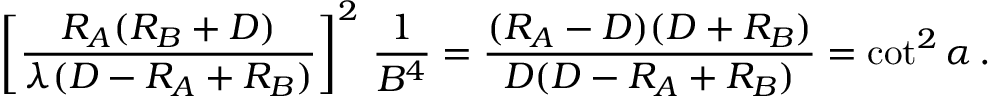
\left[ { \frac { R _ { A } ( R _ { B } + D ) } { \lambda ( D - R _ { A } + R _ { B } ) } } \right] ^ { 2 } \, { \frac { 1 } { B ^ { 4 } } } = { \frac { ( R _ { A } - D ) ( D + R _ { B } ) } { D ( D - R _ { A } + R _ { B } ) } } = \cot ^ { 2 } \alpha \, .